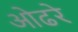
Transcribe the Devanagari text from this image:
ओढरे